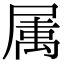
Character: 𭕭